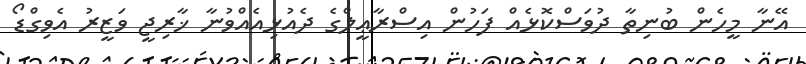
އޭނާ މީހެން ބުނިތާ ދުވަސްކޮޅެއް ފަހުން އިސްރާޢީލްގެ ދެއުޅިއެއްވުނާ ޚާރިޖީ ވަޒީރު އެވިގްޑޯ